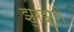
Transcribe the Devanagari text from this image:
झुरझुरी